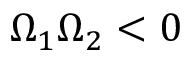
\Omega _ { 1 } \Omega _ { 2 } < 0